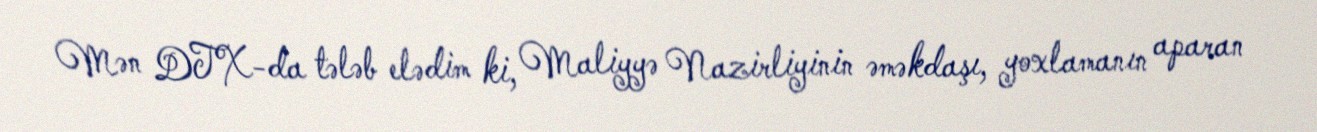
Mən DTX-da tələb elədim ki, Maliyyə Nazirliyinin əməkdaşı, yoxlamanın aparan